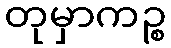
တုမှာကဉ္စ